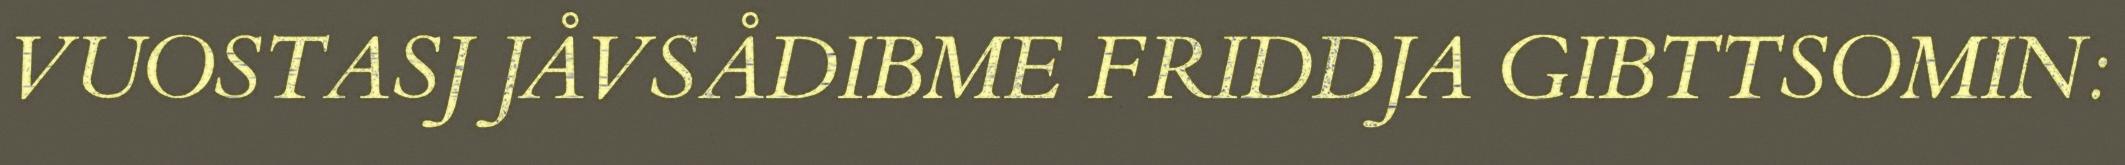
VUOSTASJ JÅVSÅDIBME FRIDDJA GIBTTSOMIN: